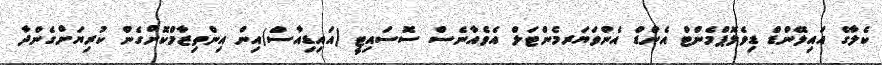
ކެލާގެ އައިލޭންޑް ޑިވެލޮޕްމެންޓް އެންޑް އެންވަޔަރމެންޓަލް އެވެއާނެސް ސޮސައިޓީ (އައިޑިއާސް)އިން އިންތިޒާމްކޮށްގެން ކުރިޔަށްގެންދާ